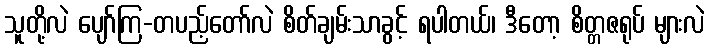
သူတို့လဲ ပျော်ကြ-တပည့်တော်လဲ စိတ်ချမ်းသာခွင့် ရပါတယ်၊ ဒီတော့ စိတ္တဇရုပ် များလဲ